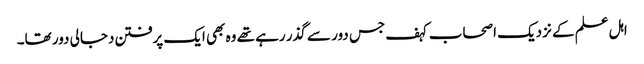
اہل علم کے نزدیک اصحاب کہف جس دور سے گذر رہے تھے وہ بھی ایک پرفتن دجالی دور تھا۔